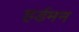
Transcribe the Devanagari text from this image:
हर्डमन